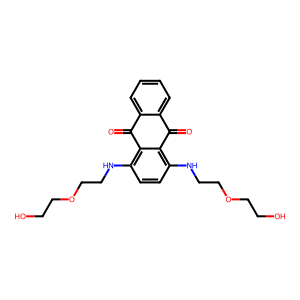
SMILES: O=C1c2ccccc2C(=O)c2c(NCCOCCO)ccc(NCCOCCO)c21
Inhibits HIV replication: No